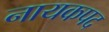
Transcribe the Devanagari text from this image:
नायकपद